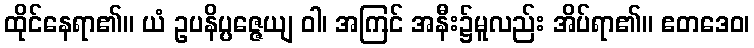
ထိုင်နေရာ၏။ ယံ ဥပနိပ္ပဇ္ဇေယျ ဝါ၊ အကြင် အနီး၌မူလည်း အိပ်ရာ၏။ ဧတဒေဝ၊